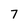
Character: 7